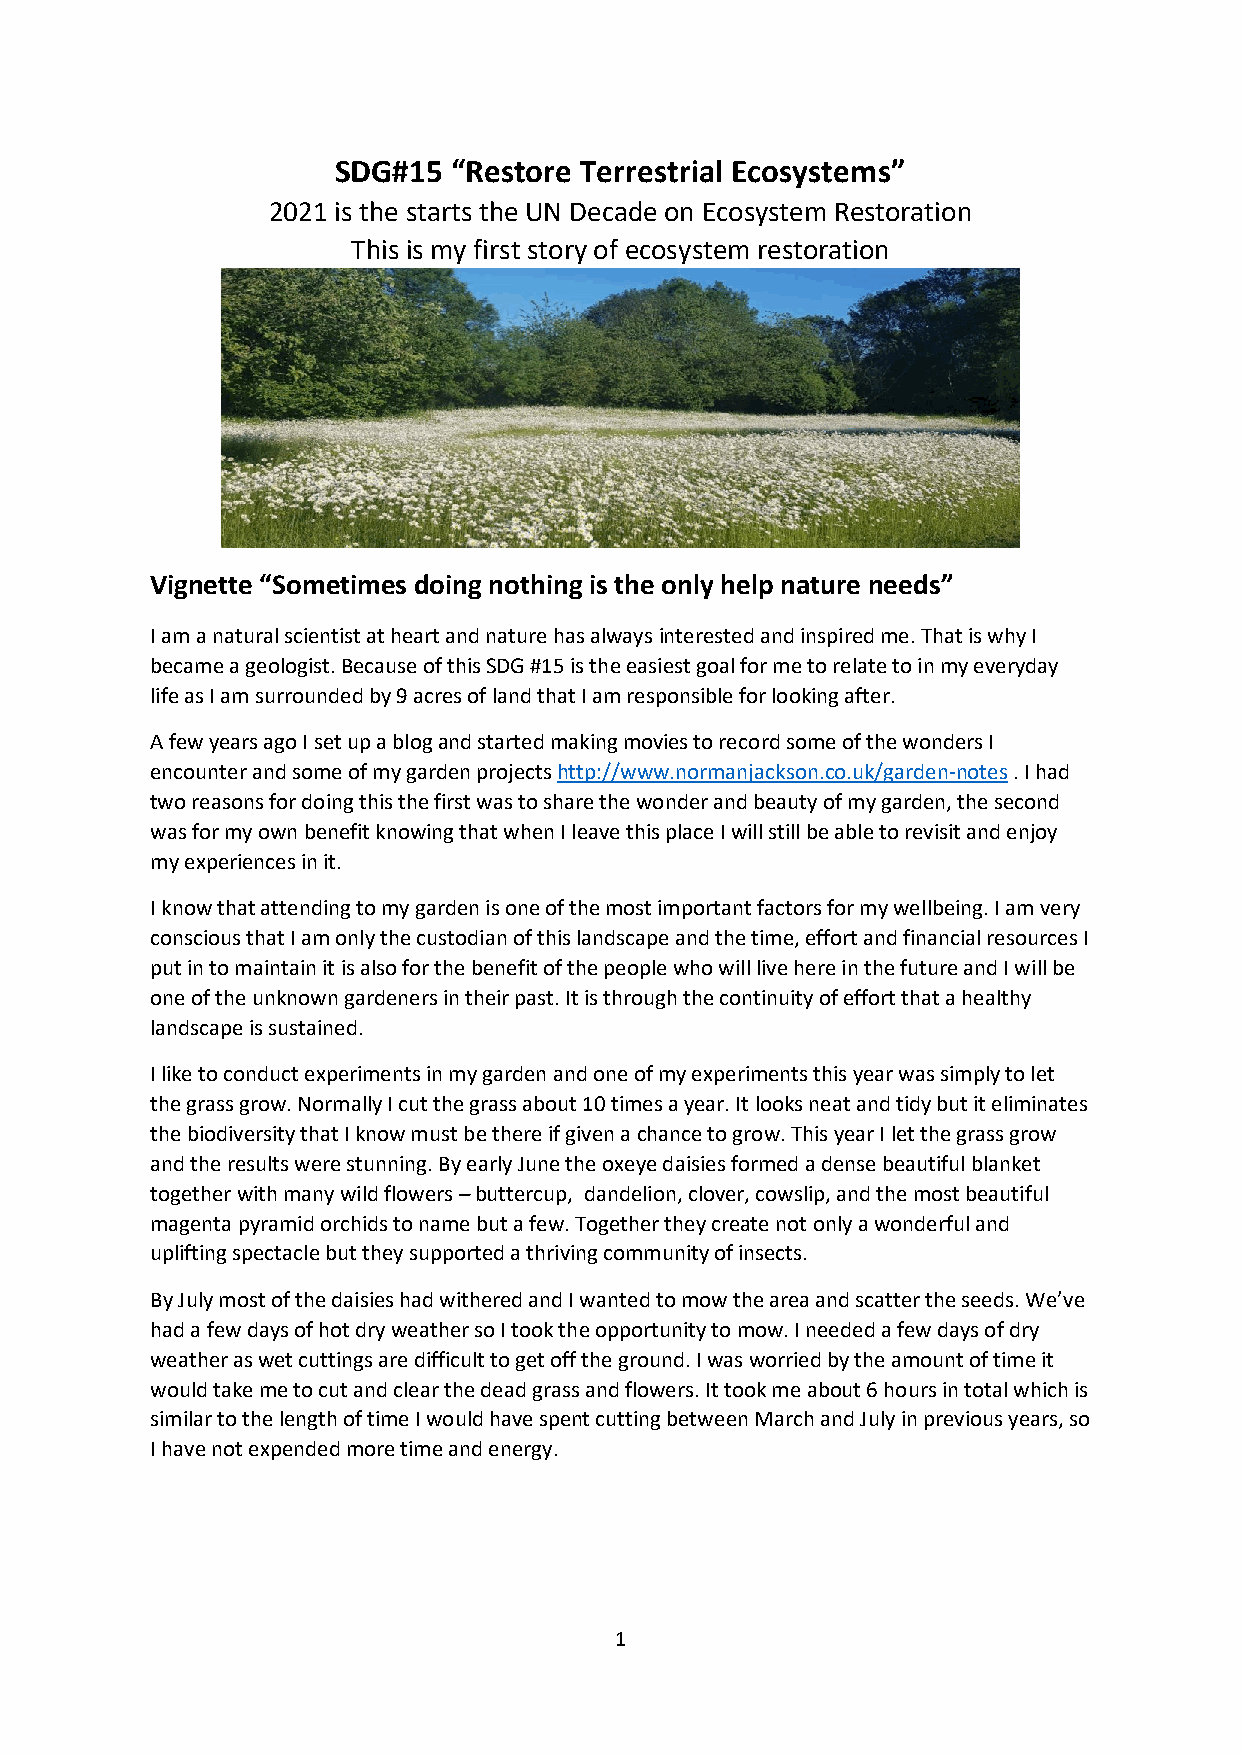
SDG#15  “Restore Terrestrial Ecosystems”
 2021 is the starts the UN Decade on Ecosystem Restoration
 This is my first story of ecosystem restoration
 Vignette “Sometimes doing nothing is the only help nature needs”
 I am a natural scientist at heart and nature has always interested and inspired me. That is why I
 became a geologist. Because of this SDG #15 is the easiest goal for me to relate to in my everyday
 life as I am surrounded by 9 acres of land that I am responsible for looking after.
 A few years ago I set up a blog and started making movies to record some of the wonders I
 encounter and some of my garden projects http://www.normanjackson.co.uk/garden-notes . I had
 two reasons for doing this the first was to share the wonder and beauty of my garden, the second
 was for my own benefit knowing that when I leave this place I will still be able to revisit and enjoy
 my experiences in it.
 I know that attending to my garden is one of the most important factors for my wellbeing. I am very
 conscious that I am only the custodian of this landscape and the time, effort and financial resources I
 put in to maintain it is also for the benefit of the people who will live here in the future and I will be
 one of the unknown gardeners in their past. It is through the continuity of effort that a healthy
 landscape is sustained.
 I like to conduct experiments in my garden and one of my experiments this year was simply to let
 the grass grow. Normally I cut the grass about 10 times a year. It looks neat and tidy but it eliminates
 the biodiversity that I know must be there if given a chance to grow. This year I let the grass grow
 and the results were stunning. By early June the oxeye daisies formed a dense beautiful blanket
 together with many wild flowers – buttercup, dandelion, clover, cowslip, and the most beautiful
 magenta pyramid orchids to name but a few. Together they create not only a wonderful and
 uplifting spectacle but they supported a thriving community of insects.
 By July most of the daisies had withered and I wanted to mow the area and scatter the seeds. We’ve
 had a few days of hot dry weather so I took the opportunity to mow. I needed a few days of dry
 weather as wet cuttings are difficult to get off the ground. I was worried by the amount of time it
 would take me to cut and clear the dead grass and flowers. It took me about 6 hours in total which is
 similar to the length of time I would have spent cutting between March and July in previous years, so
 I have not expended more time and energy.
 1